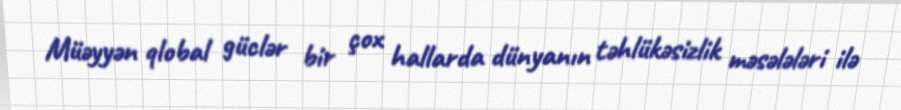
Müəyyən qlobal güclər bir çox hallarda dünyanın təhlükəsizlik məsələləri ilə